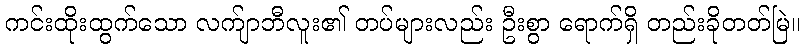
ကင်းထိုးထွက်သော လက်ျာဘီလူး၏ တပ်များလည်း ဦးစွာ ရောက်ရှိ တည်းခိုတတ်မြဲ။